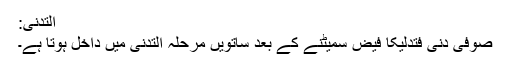
اَلتَّدَنِّی:
صوفی دَنٰی فَتَدَلّٰیکا فیض سمیٹنے کے بعد ساتویں مرحلہ اَلتَّدَنِّی میں داخل ہوتا ہے۔